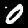
Label: 0